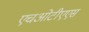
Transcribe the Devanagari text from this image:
एचओटीएएस